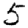
Digit: 5